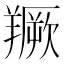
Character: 𦏅